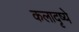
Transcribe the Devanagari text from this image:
कलादृष्ये